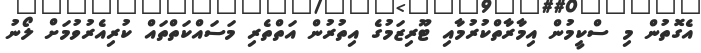
އެގޮތުން މި ސްކީމުން އިމާރާތްކުރުމާއި ޓޫރިޒަމުގެ އިތުރުން އަތްތެރި މަސައްކަތްތައް ކުރިއެރުވުމަށް ލޯނު